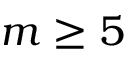
m \ge 5